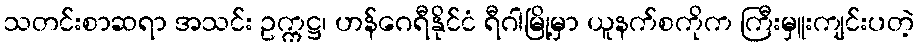
သတင်းစာဆရာ အသင်း ဥက္ကဋ္ဌ၊ ဟန်ဂေရီနိုင်ငံ ရီဂါမြို့မှာ ယူနက်စကိုက ကြီးမှူးကျင်းပတဲ့